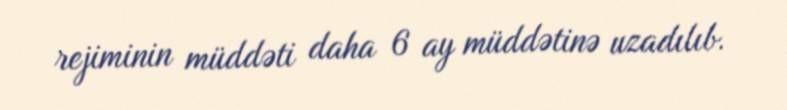
rejiminin müddəti daha 6 ay müddətinə uzadılıb.